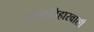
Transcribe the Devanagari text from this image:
महाविहारवासी